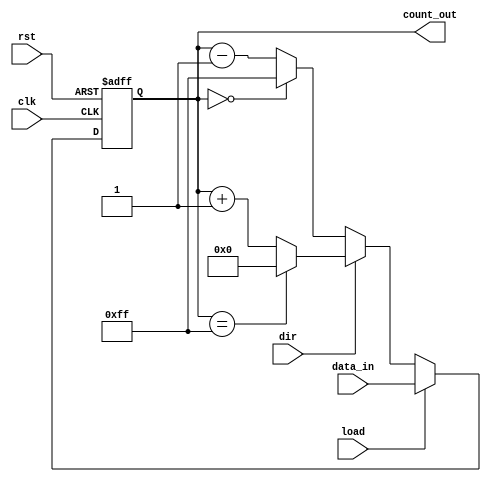
module loadable_counter #(
    parameter N = 8           // Adjustable parameter for bit width
)(
    input wire clk,           // Clock input
    input wire rst,           // Reset input (asynchronous)
    input wire load,          // Load input control signal
    input wire dir,           // Direction control signal (1 for up, 0 for down)
    input wire [N-1:0] data_in, // Data input for loading the count
    output reg [N-1:0] count_out // Output count
);

    // Define the maximum value for wrapping
    localparam MAX_COUNT = (1 << N) - 1;

    always @(posedge clk or posedge rst) begin
        if (rst) begin
            // Asynchronous reset to zero
            count_out <= 0;
        end else if (load) begin
            // Load the preset value into the counter
            count_out <= data_in;
        end else begin
            // Counting process
            if (dir) begin
                // Count Up
                if (count_out == MAX_COUNT) begin
                    count_out <= 0;  // Wrap around on overflow
                end else begin
                    count_out <= count_out + 1;
                end
            end else begin
                // Count Down
                if (count_out == 0) begin
                    count_out <= MAX_COUNT; // Wrap around on underflow
                end else begin
                    count_out <= count_out - 1;
                end
            end
        end
    end

endmodule